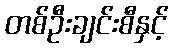
တစ်ဦးချင်းစီနှင့်